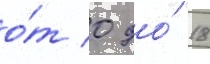
о́т 0 до́ 18